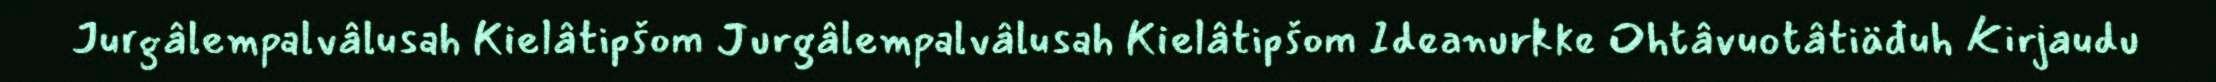
Jurgâlempalvâlusah Kielâtipšom Jurgâlempalvâlusah Kielâtipšom Ideanurkke Ohtâvuotâtiäđuh Kirjaudu